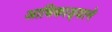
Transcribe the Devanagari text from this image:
आधिकाड़्याने